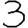
Digit: 3